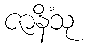
ဇာနိံသု